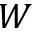
W